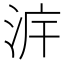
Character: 𣴔